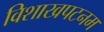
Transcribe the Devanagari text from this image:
विशाखपटनम